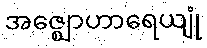
အဇ္ဈောဟာရေယျုံ